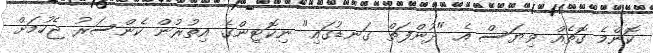
ކޮންމެ ގޮތެއް ވިޔަސް އެ "ދުންފަތް ގަނޑުގައި" ނިކޮޓިންގެ އިތުރުން ކެންސަރު ޖެހުމަށް